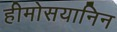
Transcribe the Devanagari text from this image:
हीमोसयानिन